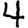
Digit: 4